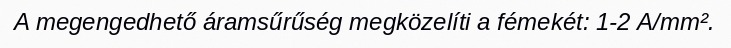
A megengedhető áramsűrűség megközelíti a fémekét: 1-2 A/mm².